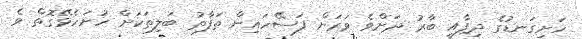
ހަށިގަނޑުގެ ދިފާއީ ބާރު ދަށްވެ ވަރަށް ފަސޭހައިން ތަފާތު ބަލިތަކަށް ހުށަހެޅޭގޮތް ވެ